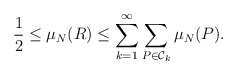
\begin{align*} \frac{1}{2} \leq \mu_N(R) \leq \sum_{k=1}^\infty \sum_{P\in \mathcal{C}_k} \mu_N(P). \end{align*}